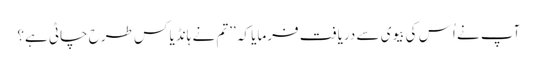
آپ نے اُس کی بیوی سے دریافت فرمایا کہ ’’تم نے ہانڈیا کس طرح چاٹی ہے؟